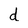
Character: d